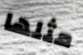
مثلها